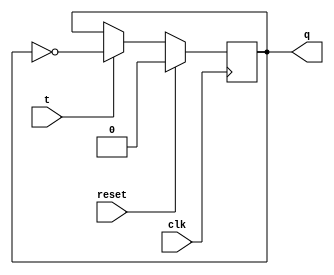
module TFF ( input clk, input reset, input t, output reg q);  
  
  always @ (posedge clk) begin  
    if (reset)  
      q = 0;  
    else  
        if (t)  
            q = ~q;  
        else  
            q = q;  
  end  
endmodule